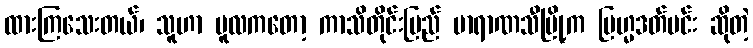
ထားကြသေးတယ်၊ သူဟာ မူလကတော့ ကာသိတိုင်းပြည် ဗာရာဏသီမြို့က ဗြဟ္မဒတ်မင်း ဆိုတဲ့